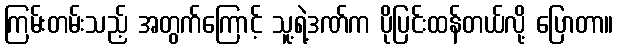
ကြမ်းတမ်းသည့် အတွက်ကြောင့် သူ့ရဲ့ဒဏ်က ပိုပြင်းထန်တယ်လို့ ပြောတာ။